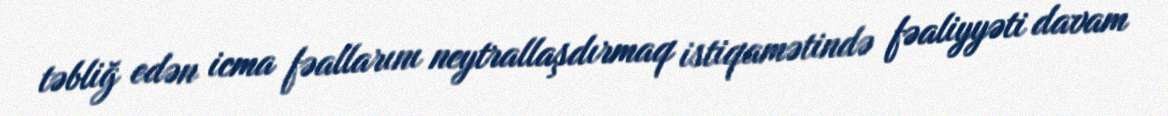
təbliğ edən icma fəallarını neytrallaşdırmaq istiqamətində fəaliyyəti davam